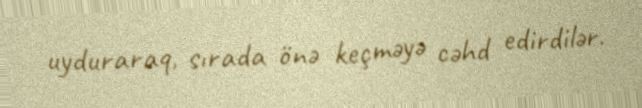
uyduraraq, sırada önə keçməyə cəhd edirdilər.